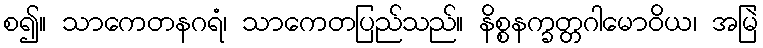
စ၍။ သာကေတနဂရံ၊ သာကေတပြည်သည်။ နိစ္စနက္ခတ္တဂါမောဝိယ၊ အမြဲ